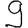
Digit: 9